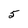
Character: 5